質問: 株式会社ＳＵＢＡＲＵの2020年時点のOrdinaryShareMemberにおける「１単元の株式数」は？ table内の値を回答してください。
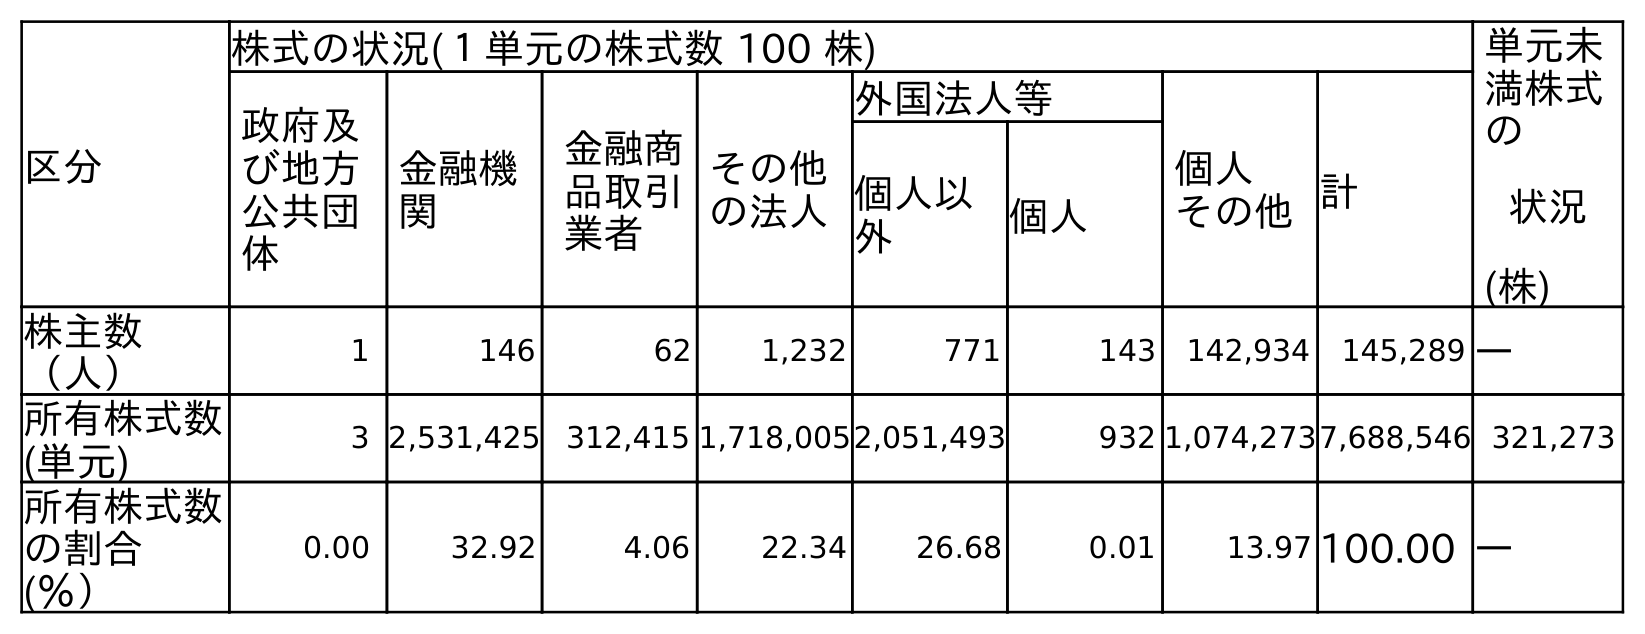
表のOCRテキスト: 区分 株式の状況(１単元の株式数 100 株) 単元未 満株式 の 状況 (株) 政府及 び地方 公共団 体 金融機 関 金融商 品取引 業者 その他 の法人 外国法人等 個人 その他計 個人以 外 個人 株主数 （人） 1 146 62 1,232 771 143 142,934 145,289 ― 所有株式数 (単元) 3 2,531,425 312,415 1,718,0052,051,493 932 1,074,2737,688,546 321,273 所有株式数 の割合 (％） 0.00 32.92 4.06 22.34 26.68 0.01 13.97 100.00 ―
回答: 株式の状況(１単元の株式数100株)